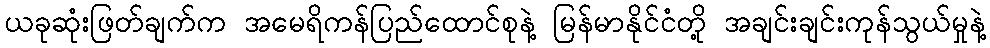
ယခုဆုံးဖြတ်ချက်က အမေရိကန်ပြည်ထောင်စုနဲ့ မြန်မာနိုင်ငံတို့ အချင်းချင်းကုန်သွယ်မှုနဲ့